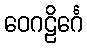
ဝေဂဠိင်္ဂေ